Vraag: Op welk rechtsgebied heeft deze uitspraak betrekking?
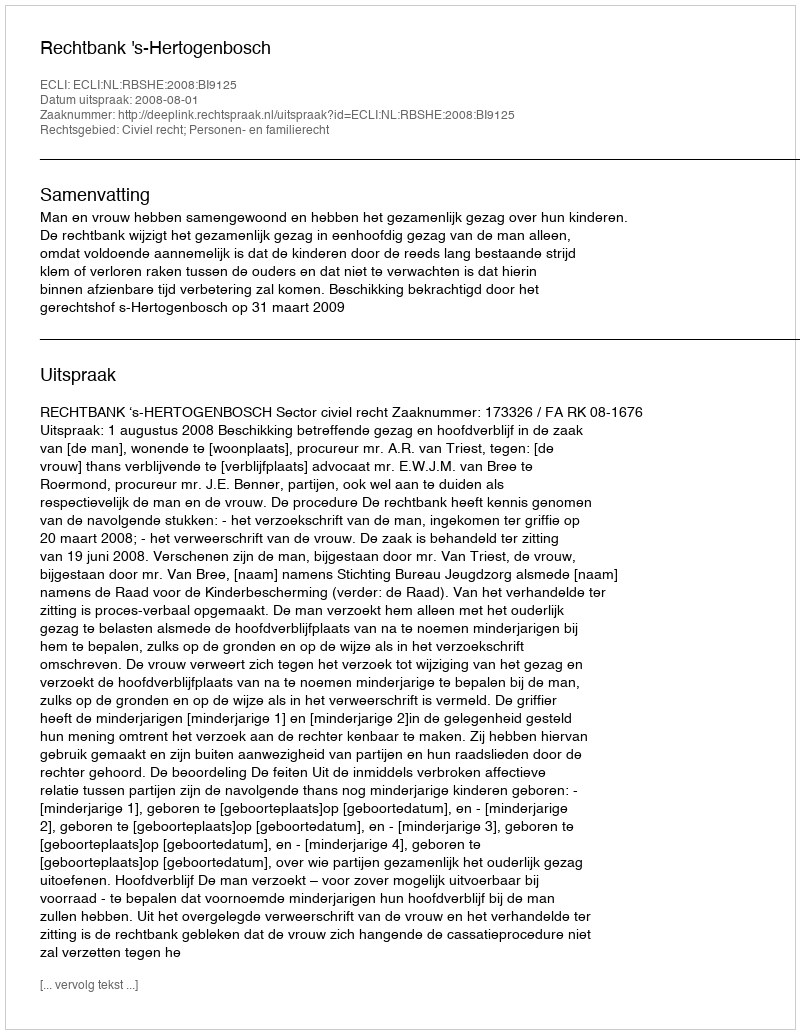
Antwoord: Civiel recht; Personen- en familierecht